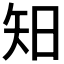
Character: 𥎭